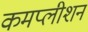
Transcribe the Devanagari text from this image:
कमप्लीशन